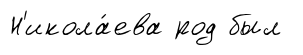
Н'икола́ева род был